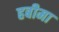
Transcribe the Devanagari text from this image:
हबीमा